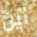
أين